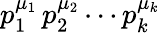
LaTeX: p_{1}^{\mu_{1}}\, p_{2}^{\mu_{2}}\cdots p_{k}^{\mu_{k}}